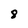
Character: 8